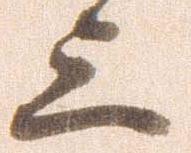
上